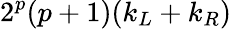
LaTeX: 2^{p}(p+1)(k_{L}+k_{R})